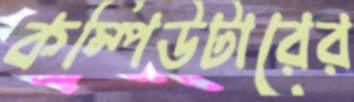
কম্পিউটারের